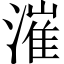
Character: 漼